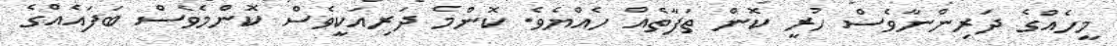
މީހެއްގެ ދަރިންނާވެސް ހުރީ ކޮން ތަފާތެއް ހެއްޔެވެ. ކޮންމެ ދަރިއަކީވެސް ކޮންމެވެސް ބަފައެއްގެ